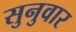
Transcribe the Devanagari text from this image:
सुनुवार